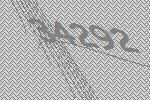
34292